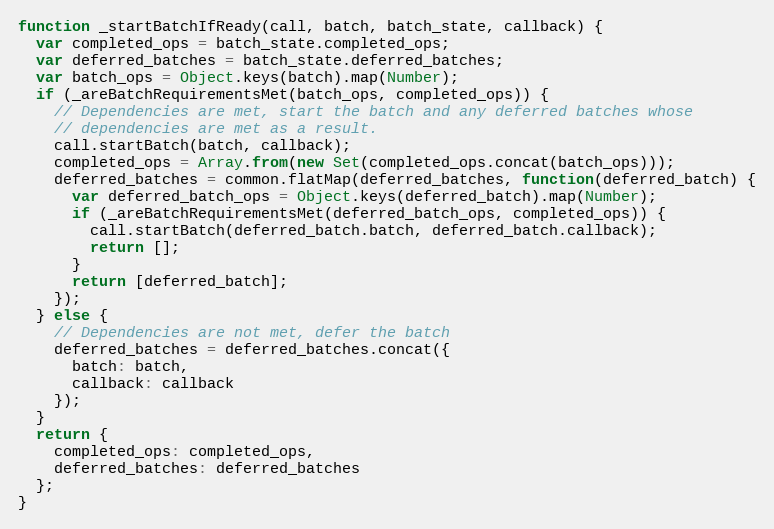
Language: JavaScript
function _startBatchIfReady(call, batch, batch_state, callback) {
  var completed_ops = batch_state.completed_ops;
  var deferred_batches = batch_state.deferred_batches;
  var batch_ops = Object.keys(batch).map(Number);
  if (_areBatchRequirementsMet(batch_ops, completed_ops)) {
    // Dependencies are met, start the batch and any deferred batches whose
    // dependencies are met as a result.
    call.startBatch(batch, callback);
    completed_ops = Array.from(new Set(completed_ops.concat(batch_ops)));
    deferred_batches = common.flatMap(deferred_batches, function(deferred_batch) {
      var deferred_batch_ops = Object.keys(deferred_batch).map(Number);
      if (_areBatchRequirementsMet(deferred_batch_ops, completed_ops)) {
        call.startBatch(deferred_batch.batch, deferred_batch.callback);
        return [];
      }
      return [deferred_batch];
    });
  } else {
    // Dependencies are not met, defer the batch
    deferred_batches = deferred_batches.concat({
      batch: batch,
      callback: callback
    });
  }
  return {
    completed_ops: completed_ops,
    deferred_batches: deferred_batches
  };
}